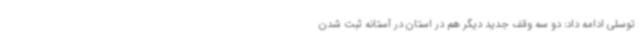
توسلی ادامه داد: دو سه وقف جدید دیگر هم در استان در آستانه ثبت شدن